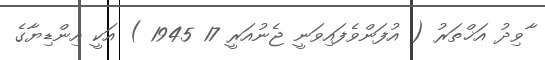
ާވިދު އަޚްތަރު ( އުފަންވެފައިވަނީ ޖެނުއަރީ 17 1945 ) އަކީ އިންޑިޔާގެ